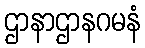
ဌာနာဌာနဂမနံ